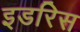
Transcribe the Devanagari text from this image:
इडरिस